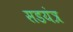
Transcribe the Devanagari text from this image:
सडयंत्र